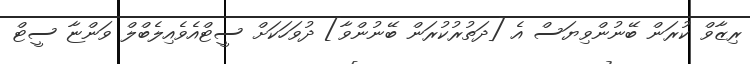
ރިޒާވް ކުރަން ބޭނުންވިޔަސް އެ [ދަތުރުކުރަން ބޭނުންވާ] ދުވަހަކަށް ސީޓްއެވެއިލެބްލް ވަންޏާ ސީޓް